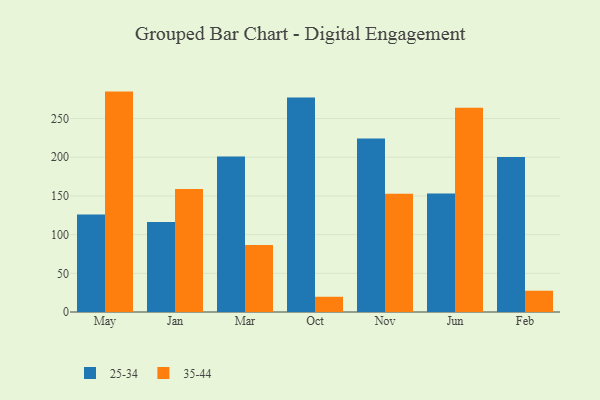
{"axis": {"x": "Month", "y": "Backlog"}, "legend": ["25-34", "35-44"], "data": [{"x": "May", "y": 126.0, "type": "25-34"}, {"x": "May", "y": 284.9, "type": "35-44"}, {"x": "Jan", "y": 116.3, "type": "25-34"}, {"x": "Jan", "y": 159.1, "type": "35-44"}, {"x": "Mar", "y": 201.0, "type": "25-34"}, {"x": "Mar", "y": 86.5, "type": "35-44"}, {"x": "Oct", "y": 277.2, "type": "25-34"}, {"x": "Oct", "y": 19.7, "type": "35-44"}, {"x": "Nov", "y": 224.3, "type": "25-34"}, {"x": "Nov", "y": 152.9, "type": "35-44"}, {"x": "Jun", "y": 153.3, "type": "25-34"}, {"x": "Jun", "y": 264.0, "type": "35-44"}, {"x": "Feb", "y": 200.2, "type": "25-34"}, {"x": "Feb", "y": 27.5, "type": "35-44"}]}